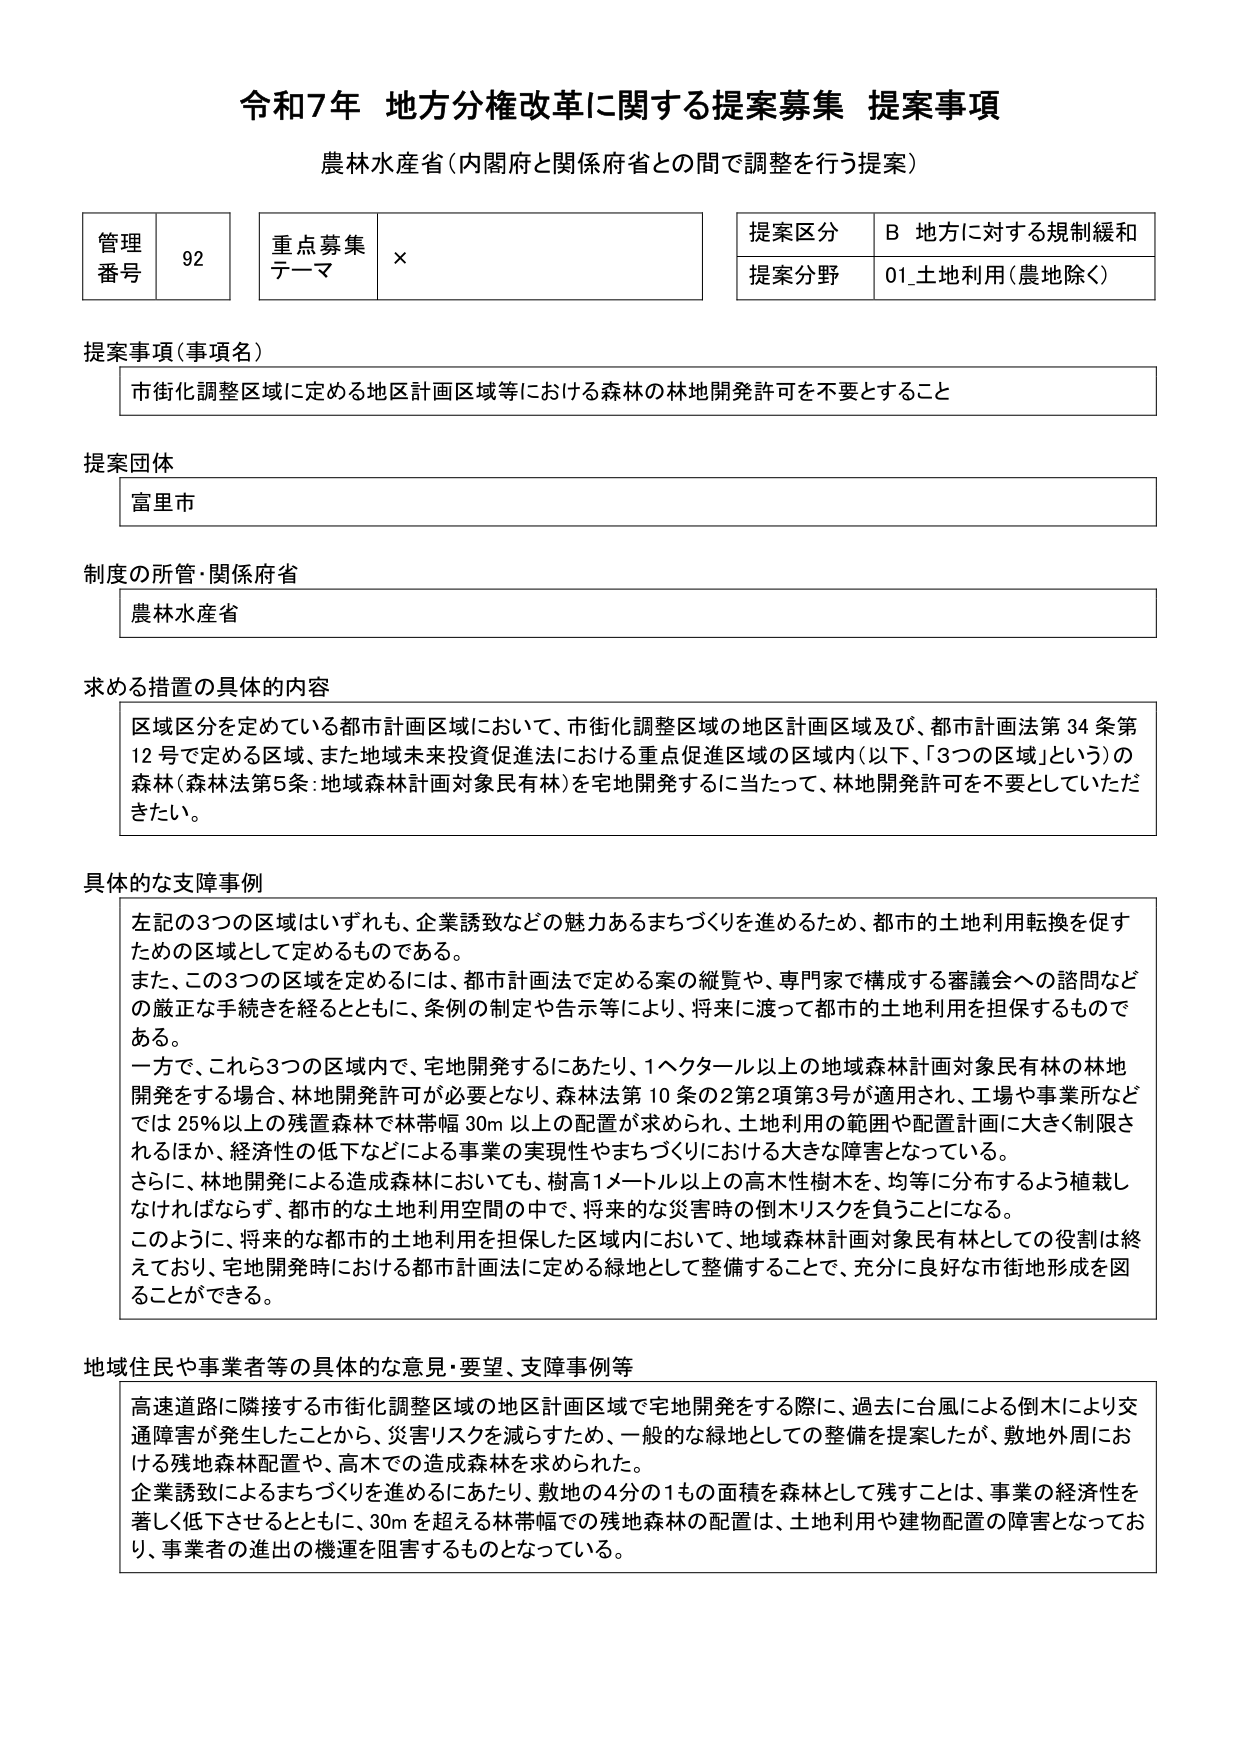
令和7年 地方分権改革に関する提案募集 提案事項
農林水産省（内閣府と関係府省との間で調整を行う提案）

管理番号 92
重点募集テーマ ×
提案区分 B 地方に対する規制緩和
提案分野 01_土地利用（農地除く）

提案事項（事項名）
市街化調整区域に定める地区計画区域等における森林の林地開発許可を不要とすること

提案団体
富里市

制度の所管・関係府省
農林水産省

求める措置の具体的内容
区域区分を定めている都市計画区域において、市街化調整区域の地区計画区域及び、都市計画法第34条第12号で定める区域、また地域未来投資促進法における重点促進区域の区域内（以下、「3つの区域」という）の森林（森林法第5条：地域森林計画対象民有林）を宅地開発するに当たって、林地開発許可を不要としていただきたい。

具体的な支障事例
左記の3つの区域はいずれも、企業誘致などの魅力あるまちづくりを進めるため、都市の土地利用転換を促すための区域として定めるものである。
また、この3つの区域を定めるには、都市計画法で定める案の縦覧や、専門家で構成する審議会への諮問などの厳正な手続きを経るとともに、条例の制定や告示等により、将来に渡って都市の土地利用を担保するものである。
一方で、これら3つの区域内で、宅地開発するにあたり、1ヘクタール以上の地域森林計画対象民有林の林地開発をする場合、林地開発許可が必要となり、森林法第10条の2第2項第3号が適用され、工場や事業所などでは25％以上の残置森林で林帯幅30m以上の配置が求められ、土地利用の範囲や配置計画に大きく制限されるほか、経済性の低下などによる事業の実現性やまちづくりにおける大きな障害となっている。
さらに、林地開発による造成森林においても、樹高1メートル以上の高木性樹木を、均等に分布するよう植栽しなければならず、都市的な土地利用空間の中で、将来的な災害時の倒木リスクを負うことになる。
このように、将来的な都市の土地利用を担保した区域内において、地域森林計画対象民有林としての役割は終えており、宅地開発時における都市計画法に定める緑地として整備することで、充分に良好な市街地形成を図ることができる。

地域住民や事業者等の具体的な意見・要望、支障事例等
高速道路に隣接する市街化調整区域の地区計画区域で宅地開発をする際に、過去に台風による倒木により交通障害が発生したことから、災害リスクを減らすため、一般的な緑地としての整備を提案したが、敷地外周における残地森林配置や、高木での造成森林を求められた。
企業誘致によるまちづくりを進めるにあたり、敷地の4分の1もの面積を森林として残すことは、事業の経済性を著しく低下させるとともに、30mを超える林帯幅での残地森林の配置は、土地利用や建物配置の障害となっており、事業者の進出の機運を阻害するものとなっている。